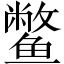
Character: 鳖